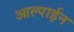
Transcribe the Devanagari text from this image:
आल्पाईन